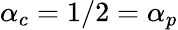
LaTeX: \alpha_{c}=1/2=\alpha_{p}